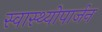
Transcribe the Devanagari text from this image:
स्वास्थ्योपार्जन